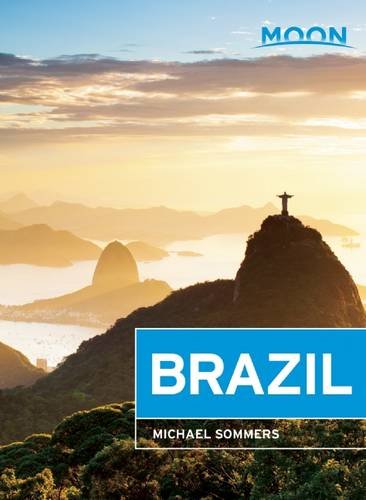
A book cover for Moon Brazil; Michael Sommers; Travel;